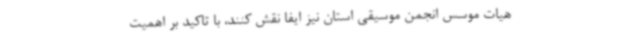
هیات موسس انجمن موسیقی استان نیز ایفا نقش کنند، با تاکید بر اهمیت